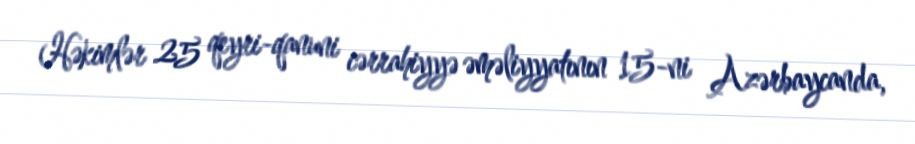
Həkimlər 25 qeyri-qanuni cərrahiyyə əməliyyatının 15-ni Azərbaycanda,